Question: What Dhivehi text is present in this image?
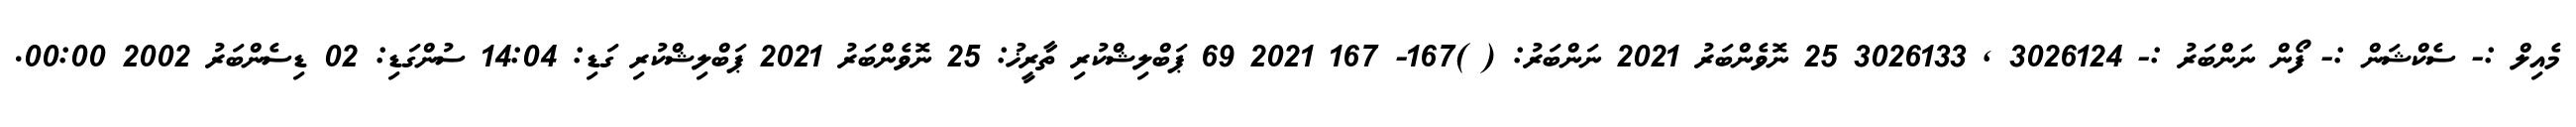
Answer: މެއިލް :- ސެކްޝަން :- ފޯން ނަންބަރު :- 3026124 , 3026133 25 ނޮވެންބަރު 2021 ނަންބަރު: ( )167- 167 2021 69 ޕަބްލިޝްކުރި ތާރީޚު: 25 ނޮވެންބަރު 2021 ޕަބްލިޝްކުރި ގަޑި: 14:04 ސުންގަޑި: 02 ޑިސެންބަރު 2002 00:00.